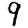
Digit: 9